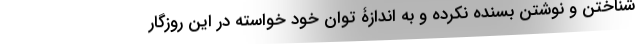
شناختن و نوشتن بسنده نکرده و به اندازۀ توان خود خواسته در این روزگار